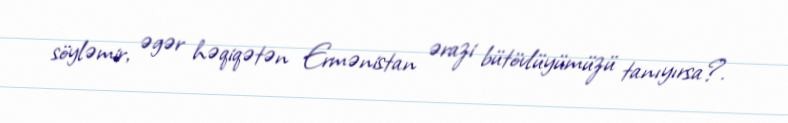
söyləmir, əgər həqiqətən Ermənistan ərazi bütövlüyümüzü tanıyırsa?.